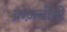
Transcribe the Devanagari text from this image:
क़ज़वीनी